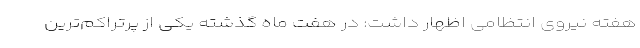
هفته نیروی انتظامی اظهار داشت: در هفت ماه گذشته یکی از پرتراکم‌ترین